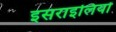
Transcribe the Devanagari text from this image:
इसराइलियों